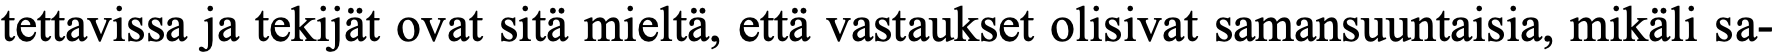
tettavissa ja tekijät ovat sitä mieltä, että vastaukset olisivat samansuuntaisia, mikäli sa-